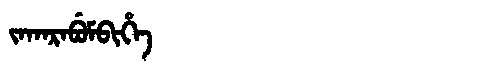
Manchu: ᠵᠠᡴᠠᡵᠠᠪᡠᠮᠪᡳᡥᡝ
Romanization: JAKARABUMBIHE